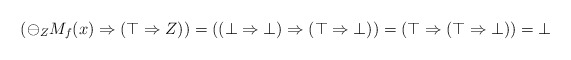
\begin{align*}(\ominus_Z M_f(x) \Rightarrow (\top \Rightarrow Z)) = ( (\bot \Rightarrow \bot) \Rightarrow (\top \Rightarrow \bot)) = (\top \Rightarrow (\top \Rightarrow \bot)) = \bot\end{align*}